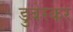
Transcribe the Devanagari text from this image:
डुबेरकर